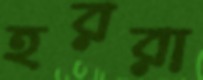
হররা